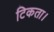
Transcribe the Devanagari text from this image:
टिकता।